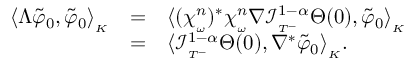
\begin{array} { l l l } { \langle \Lambda \tilde { \varphi } _ { 0 } , \tilde { \varphi } _ { 0 } \rangle _ { _ K } } & { = } & { \langle ( \chi _ { _ \omega } ^ { n } ) ^ { * } \chi _ { _ \omega } ^ { n } \nabla \mathcal { I } _ { _ { T ^ { - } } } ^ { 1 - \alpha } \Theta ( 0 ) , \tilde { \varphi } _ { 0 } \rangle _ { _ K } } \\ & { = } & { \langle \mathcal { I } _ { _ { T ^ { - } } } ^ { 1 - \alpha } \Theta ( 0 ) , \nabla ^ { * } \tilde { \varphi } _ { 0 } \rangle _ { _ K } . } \end{array}